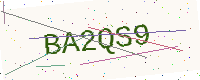
Text: BA2QS9